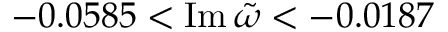
- 0 . 0 5 8 5 < \operatorname { I m } \tilde { \omega } < - 0 . 0 1 8 7